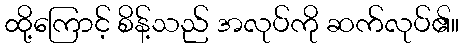
ထို့ကြောင့် စိန့်သည် အလုပ်ကို ဆက်လုပ်၏။